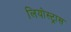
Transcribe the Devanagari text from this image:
लियोस्ट्रास